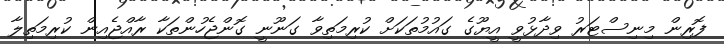
ފޮރިން މިނިސްޓަރު ވިދާޅުވީ އީޔޫގެ ގައުމުތަކަށް ކުރިމަތިވާ ގަނޫނީ ގޮންޖެހުންތަކާ ރާއްޖެއިން ކުރިމަތިލާ